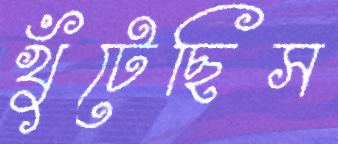
খুঁটেছিস